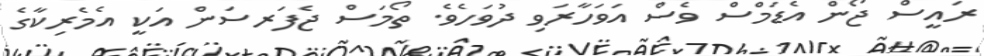
ރައީސް ޖޯން އެޑަމްސް ވެސް އަވަހާރަވި ދުވަހެވެ. ތޯމަސް ޖެފަރސަން އަކީ އެމެރިކާގެ